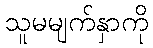
သူမမျက်နှာကို